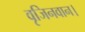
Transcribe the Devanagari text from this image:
वृजिनवान।